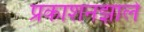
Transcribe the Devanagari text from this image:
प्रकाशनझाले